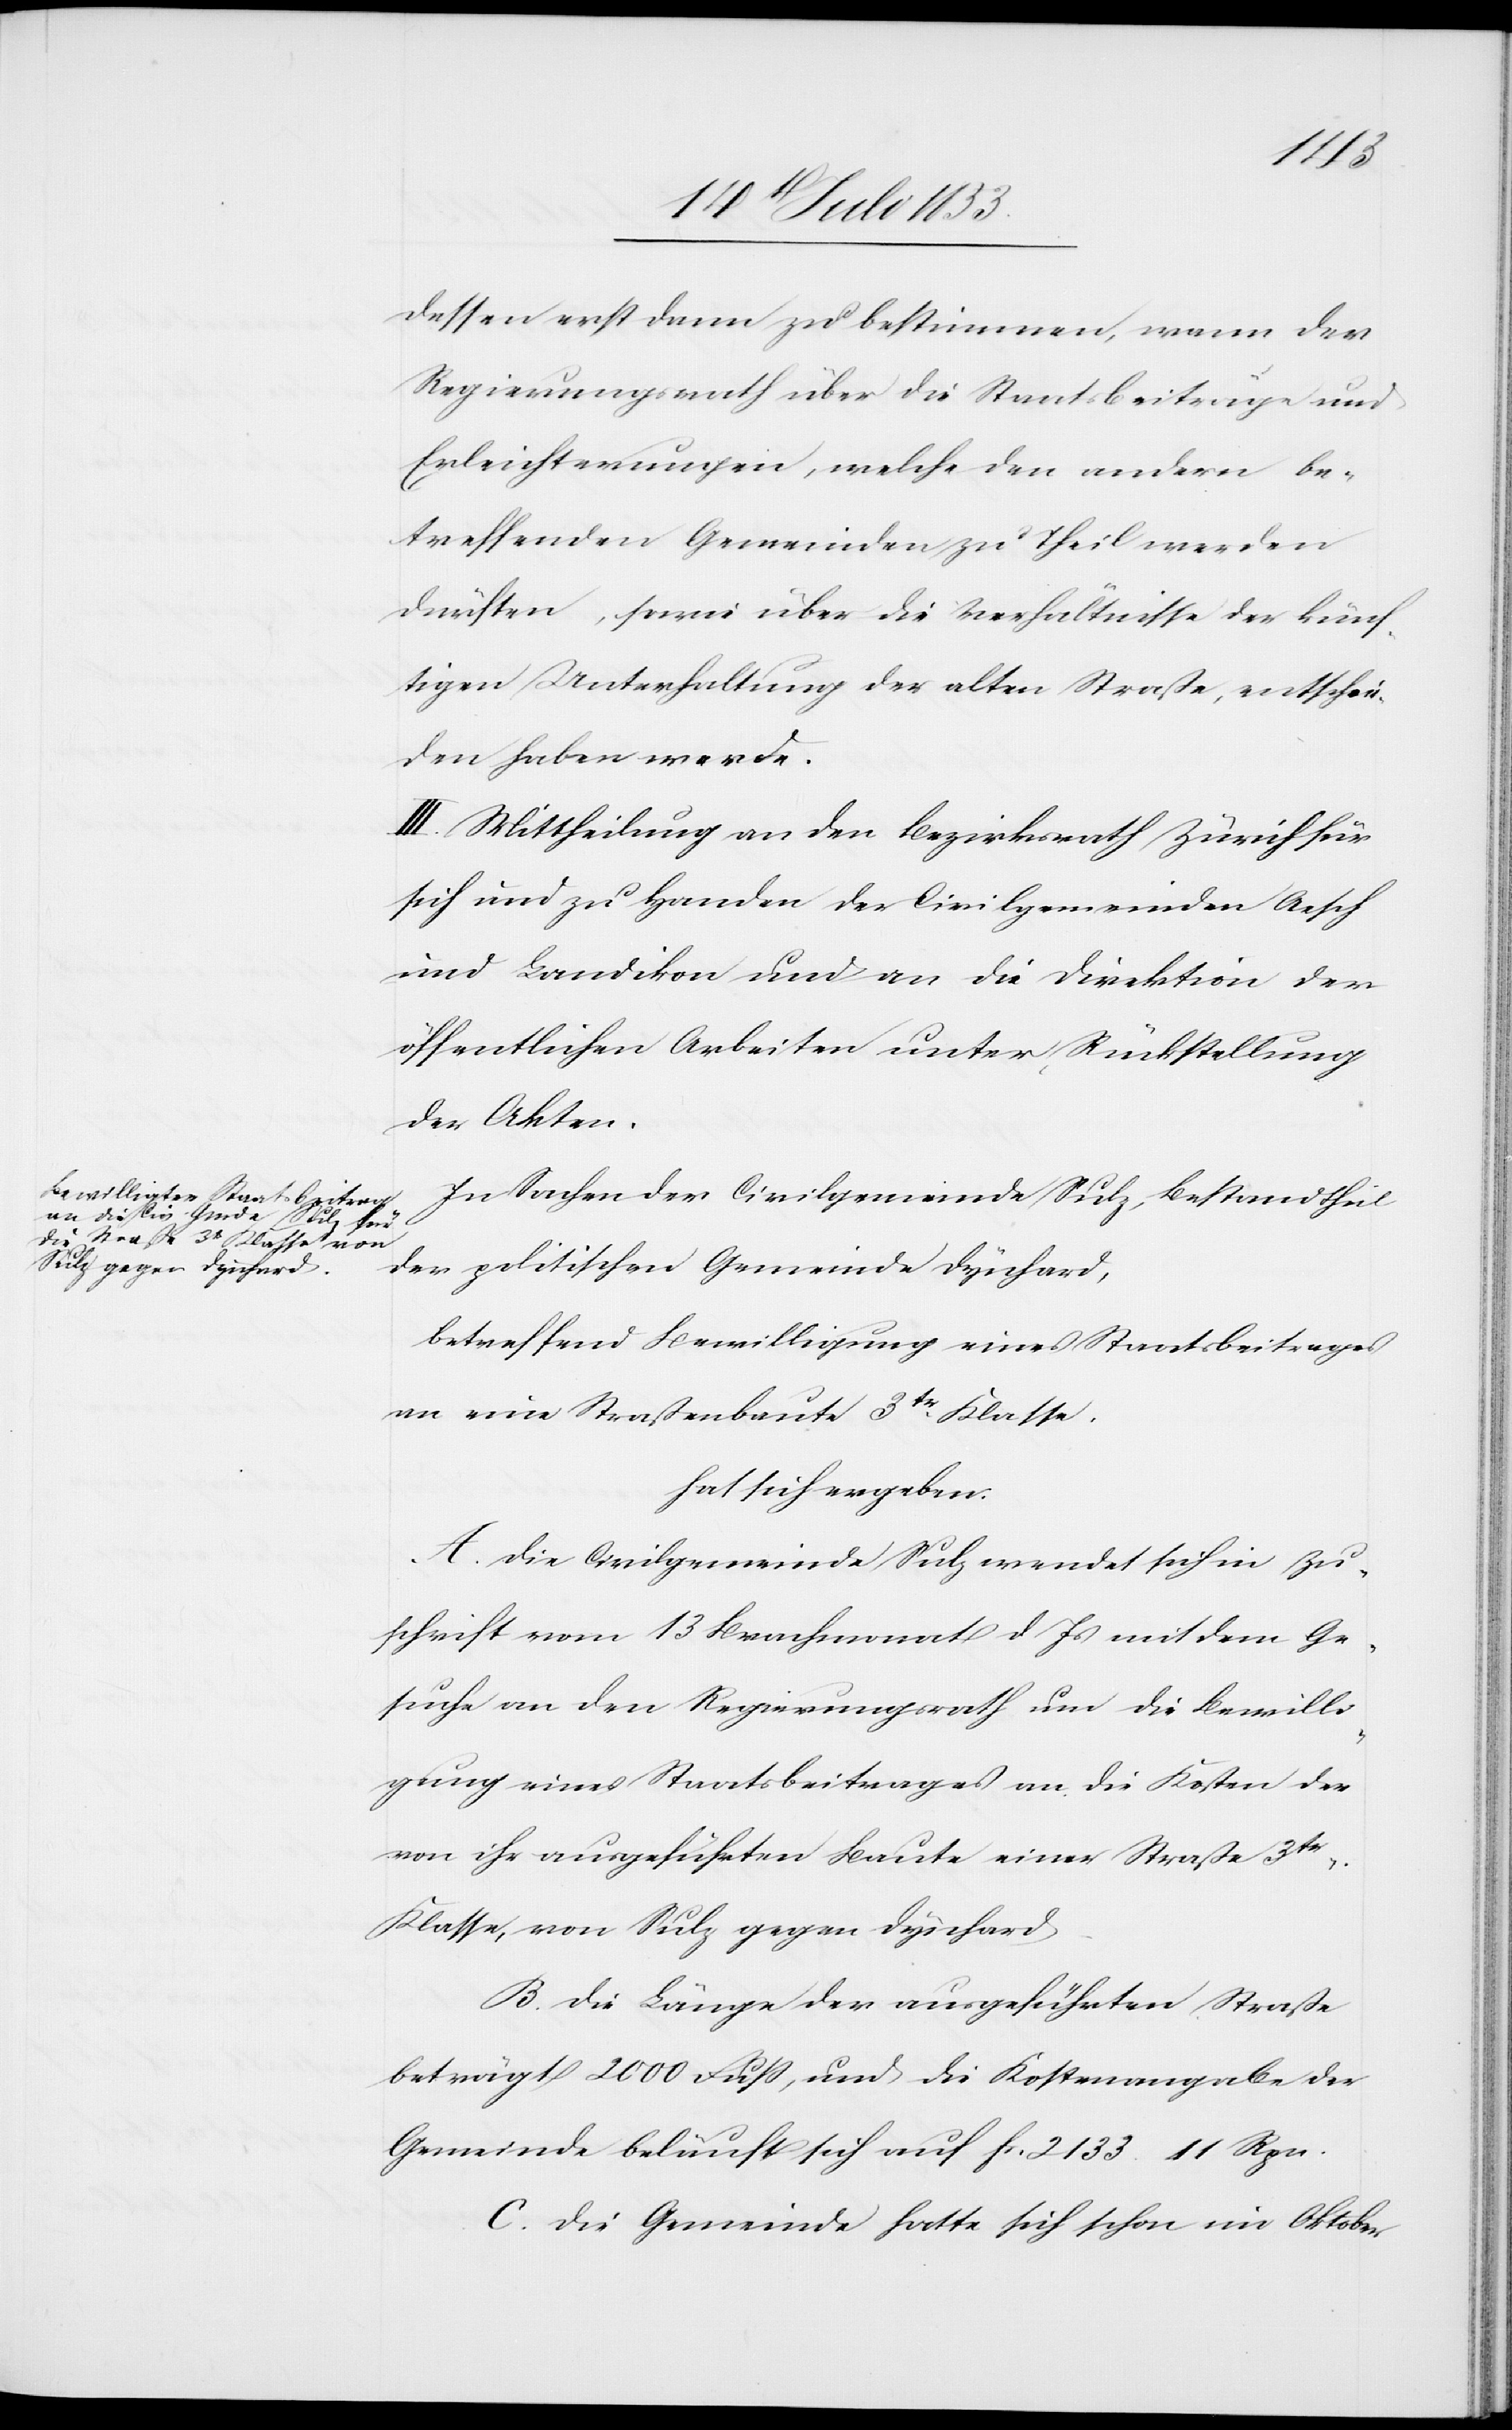
dessen erst dann zu bestimmen, wenn der
Regierungsrath über die Staatsbeiträge und
Erleichterungen, welche den andern be¬
treffenden Gemeinden zu Theil werden
dürften, sowie über die Verhältnisse der künf¬
tigen Unterhaltung der alten Straße, entschie¬
den haben werde.
III. Mittheilung an den Bezirksrath Zürich für
sich und zu Handen der Civilgemeinden Aesch
und Landikon und an die Direktion der
öffentlichen Arbeiten unter Rückstellung
der Akten.
In Sachen der Civilgemeinde Sulz, Bestandtheil
der politischen Gemeinde Dynhard,
betreffend Bewilligung eines Staatsbeitrages
an eine Straßenbaute 3tr Klasse.
hat sich ergeben:
A. Die Civilgemeinde Sulz wendet sich in Zu¬
schrift vom 13 Brachmonat d. Js. mit dem Ge¬
suche an den Regierungsrath um die Bewilli¬
gung eines Staatsbeitrages an die Kosten der
vonihr ausgeführten Baute einer Straße 3tr
Klasse, von Sulz gegen Dynhard.
B. Die Länge der ausgeführten Straße
beträgt 2000 Fuß, und die Kostenangabe der
Gemeinde beläuft sich auf fr. 2133 11 Rpn.
C. Die Gemeinde hatte sich schon im Oktober